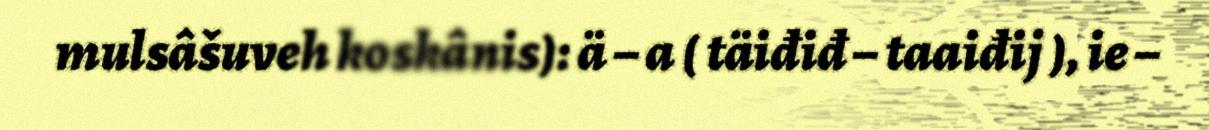
mulsâšuveh koskânis): ä – a ( täiđiđ – taaiđij ), ie –